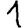
Digit: 1